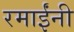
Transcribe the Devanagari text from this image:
रमाईंनी